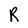
Character: R